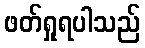
ဖတ်ရှုရပါသည်